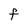
Character: F